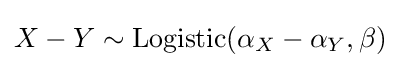
X-Y\sim \mathrm {Logistic} (\alpha _{X}-\alpha _{Y},\beta )